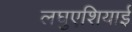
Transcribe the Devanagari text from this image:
लघुएशियाई